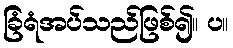
ခြံရံအပ်သည်ဖြစ်၍။ ပ။